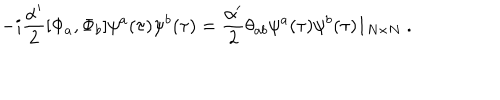
LaTeX: - i \frac { \alpha ^ { \prime } } { 2 } [ \Phi _ { a } , \Phi _ { b } ] \psi ^ { a } ( \tau ) \psi ^ { b } ( \tau ) = \frac { \alpha ^ { \prime } } { 2 } \theta _ { a b } \psi ^ { a } ( \tau ) \psi ^ { b } ( \tau ) 1 _ { N \times N } \ .